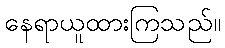
နေရာယူထားကြသည်။